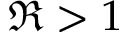
\Re > 1